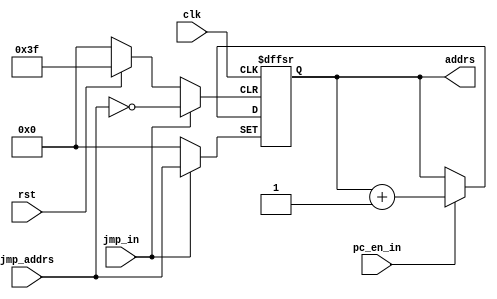
module program_counter(input [5:0]jmp_addrs,input clk,rst,pc_en_in,jmp_in,output reg [5:0] addrs);


always@(posedge clk,posedge rst,posedge jmp_in) begin
  if(rst) begin
    addrs<=6'b000000;
  end
  else if (jmp_in) begin
      addrs<=jmp_addrs;
  end
  // else if(addrs==6'b111111) begin
  //   addrs<=6'b000000;
  // end
  else if (pc_en_in) begin
      addrs<=addrs+1;
  end
end
endmodule